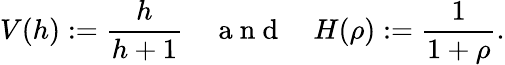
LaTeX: V(h):=\frac{h}{h+1}\quad\mathrm{~a~n~d~}\quad H(\rho):=\frac{1}{1+\rho}.